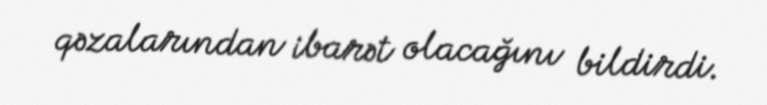
qəzalarından ibarət olacağını bildirdi.